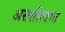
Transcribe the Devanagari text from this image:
असतीत्वात